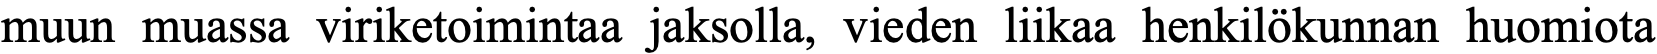
muun muassa viriketoimintaa jaksolla, vieden liikaa henkilökunnan huomiota